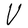
Character: V